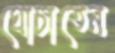
ঘোচাতেন